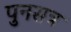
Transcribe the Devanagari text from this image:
पुनसत्र